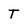
Character: T